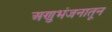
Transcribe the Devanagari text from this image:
अणुभंजनातून